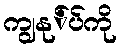
ကျွနု်ပ်ကို